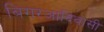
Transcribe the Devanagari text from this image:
बिगरआदिवासी